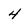
Character: 4